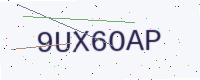
Text: 9UX6OAP